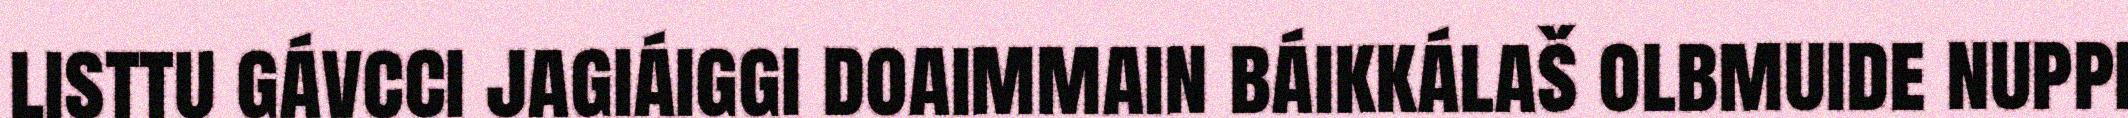
listtu gávcci jagiáiggi doaimmain báikkálaš olbmuide nuppi